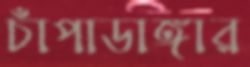
চাঁপাডাঙ্গার